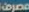
مصرف